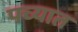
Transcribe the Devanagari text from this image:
पच्यात